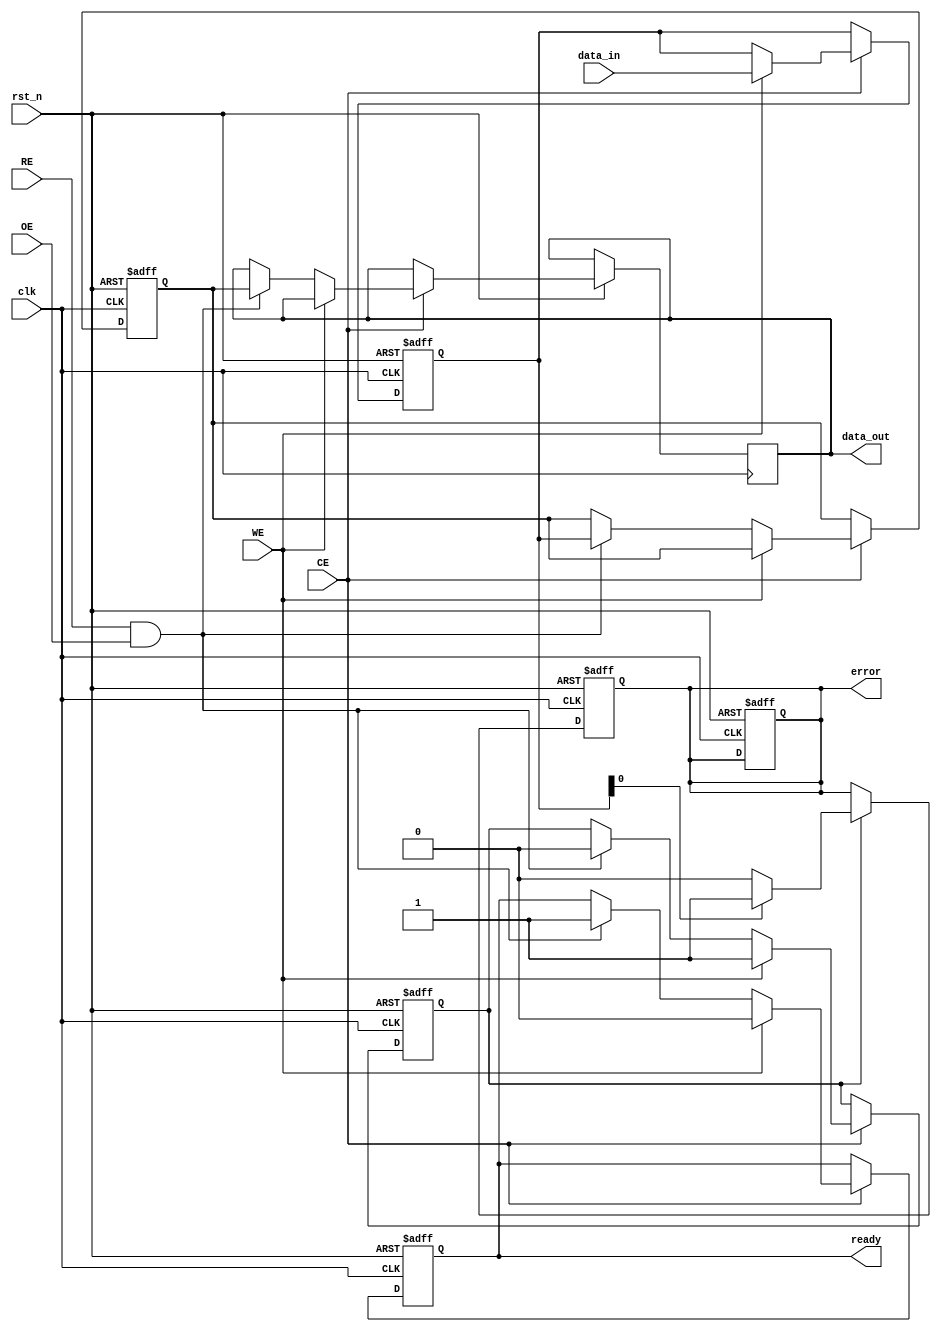
module qlc_nand_io_block (
    input wire clk,
    input wire rst_n,
    input wire [3:0] data_in,      // Data Inputs (D0-D3)
    input wire RE,                 // Read Enable
    input wire WE,                 // Write Enable
    input wire CE,                 // Chip Enable
    input wire OE,                 // Output Enable
    output reg [3:0] data_out,     // Data Outputs (D0-D3)
    output reg ready,              // Ready signal
    output reg error               // Error signal
);

    // Internal signals
    reg [3:0] input_latch;         // Input latch for data
    reg [3:0] output_latch;        // Output latch for data
    reg [1:0] command;             // Command decoder output
    reg busy;                      // Busy flag for operations

    // Status Register
    reg [1:0] status;              // 00: Ready, 01: Busy, 10: Error

    // Command Decoder
    always @(posedge clk or negedge rst_n) begin
        if (!rst_n) begin
            command <= 2'b00; // Default command
        end else if (CE) begin
            if (WE) begin
                command <= 2'b01; // Write command
            end else if (RE) begin
                command <= 2'b10; // Read command
            end else begin
                command <= 2'b00; // No operation
            end
        end
    end

    // Data Latching
    always @(posedge clk or negedge rst_n) begin
        if (!rst_n) begin
            input_latch <= 4'b0000;
            output_latch <= 4'b0000;
            ready <= 1'b1;
            busy <= 1'b0;
            error <= 1'b0;
        end else if (CE) begin
            if (WE) begin
                input_latch <= data_in; // Latch input data
                busy <= 1'b1;
                ready <= 1'b0;
            end else if (RE && OE) begin
                output_latch <= input_latch; // Output data on read
                data_out <= output_latch;
                ready <= 1'b1;
                busy <= 1'b0;
            end
        end
    end

    // Error Correction Logic (Placeholder)
    always @(posedge clk or negedge rst_n) begin
        if (!rst_n) begin
            error <= 1'b0;
        end else if (busy) begin
            // Simulate error detection (for example purposes)
            if (input_latch[0] == 1'b1) begin // Example condition for error
                error <= 1'b1;
            end else begin
                error <= 1'b0;
            end
        end
    end

    // Status Register Update
    always @(posedge clk or negedge rst_n) begin
        if (!rst_n) begin
            status <= 2'b00; // Ready state
        end else begin
            if (busy) begin
                status <= 2'b01; // Busy state
            end else if (error) begin
                status <= 2'b10; // Error state
            end else begin
                status <= 2'b00; // Ready state
            end
        end
    end

    // Timing Control (Placeholder)
    // This section would typically include timing logic for read/write cycles
    // For simplicity, we are not implementing detailed timing control here.

endmodule